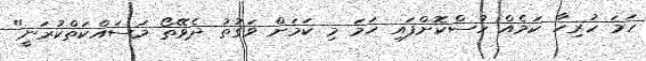
ހަމަ ހުރިހާ ކަމެއް ހުސްކޮށްފައި ހަމަ މި ކަމަށް ވަގުތު ދެވޭތޯ މަސައްކަތްކުރަނީ"